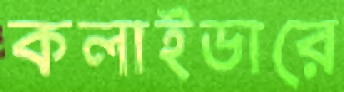
কলাইডারে